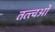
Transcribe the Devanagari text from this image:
तत्त्वओं